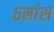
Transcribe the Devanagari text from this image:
६मांस